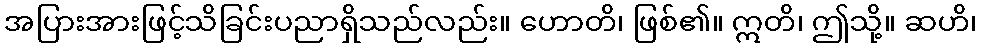
အပြားအားဖြင့်သိခြင်းပညာရှိသည်လည်း။ ဟောတိ၊ ဖြစ်၏။ ဣတိ၊ ဤသို့။ ဆဟိ၊